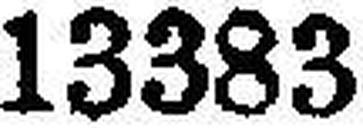
13383